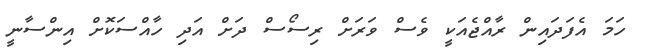
ހަމަ އެފަދައިން ރާއްޖެއަކީ ވެސް ވަރަށް ރިސޯސް ދަށް އަދި ހާއްސަކޮށް އިންސާނީ